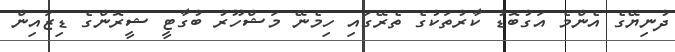
ދުނިޔޭގެ އެންމެ އަގުބޮޑު ކާރުތަކުގެ ތެރޭގައި ހިމެނޭ މަޝްހޫރު ބުގާޓީ ޝީރޮންގެ ޑިޒަައިން